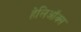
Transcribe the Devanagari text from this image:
हेलिऑक्स